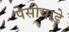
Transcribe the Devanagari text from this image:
पेसीयाडे